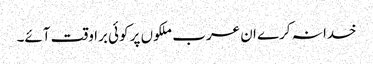
خدا نہ کرے ان عرب ملکوں پر کوئی برا وقت آئے۔